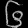
Digit: ၆